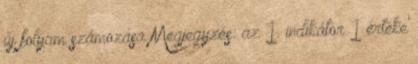
új folyam számozása Megjegyzés: az 1. indikátor 1 értéke